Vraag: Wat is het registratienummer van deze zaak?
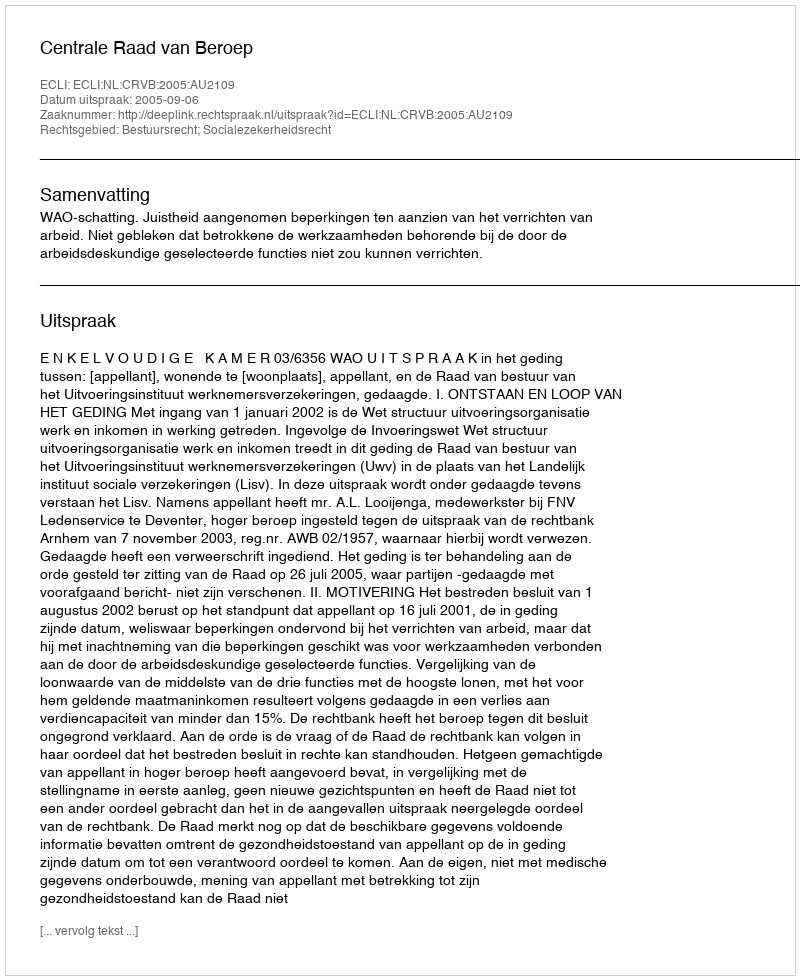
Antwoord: http://deeplink.rechtspraak.nl/uitspraak?id=ECLI:NL:CRVB:2005:AU2109